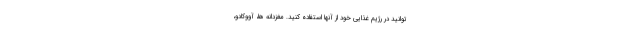
توانید در رژیم غذایی خود از آنها استفاده کنید. مغزدانه ها، آووکادو،